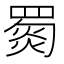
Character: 𦋴